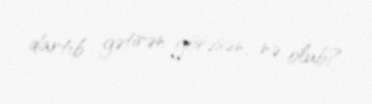
dartıb gətirən görəsən, nə olub?.